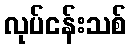
လုပ်ငန်းသစ်